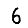
Digit: 6